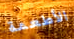
الأطعمة